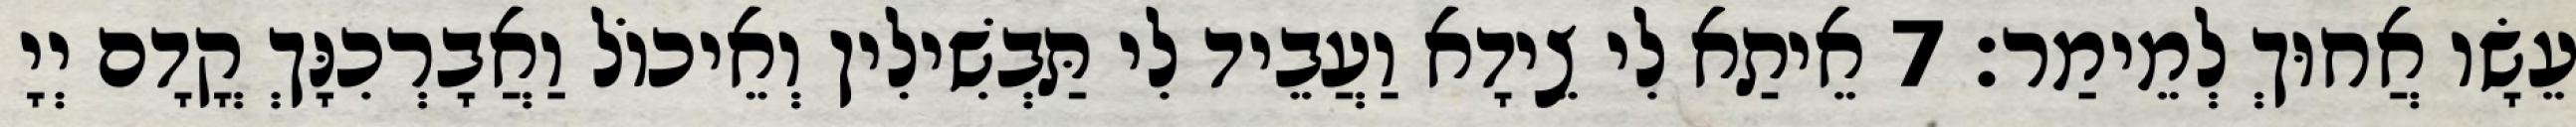
עֵשָׂו אֲחוּךְ לְמֵימַר׃ 7 אֵיתַא לִי צֵידָא וַעֲבֵיד לִי תַּבְשִׁילִין וְאֵיכוֹל וַאֲבָרְכִנָּךְ קֳדָם יְיָ